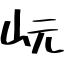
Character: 岏